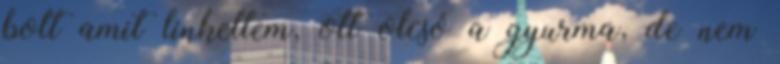
bolt amit linkeltem, ott olcsó a gyurma, de nem